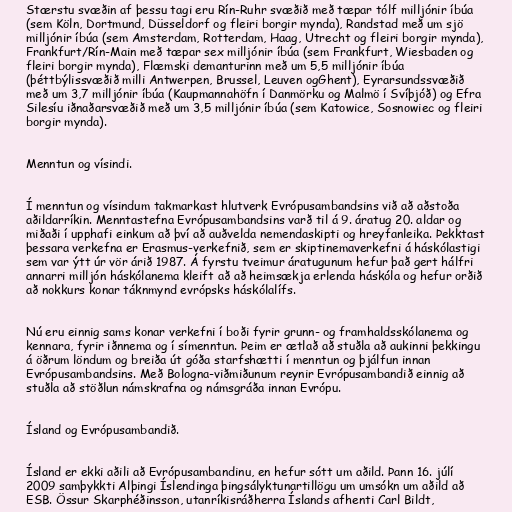
Stærstu svæðin af þessu tagi eru Rín-Ruhr svæðið með tæpar tólf milljónir íbúa
(sem Köln, Dortmund, Düsseldorf og fleiri borgir mynda), Randstad með um sjö
milljónir íbúa (sem Amsterdam, Rotterdam, Haag, Utrecht og fleiri borgir mynda),
Frankfurt/Rín-Main með tæpar sex milljónir íbúa (sem Frankfurt, Wiesbaden og
fleiri borgir mynda), Flæmski demanturinn með um 5,5 milljónir íbúa
(þéttbýlissvæðið milli Antwerpen, Brussel, Leuven ogGhent), Eyrarsundssvæðið
með um 3,7 milljónir íbúa (Kaupmannahöfn í Danmörku og Malmö í Svíþjóð) og Efra
Silesíu iðnaðarsvæðið með um 3,5 milljónir íbúa (sem Katowice, Sosnowiec og fleiri
borgir mynda).

Menntun og vísindi.

Í menntun og vísindum takmarkast hlutverk Evrópusambandsins við að aðstoða
aðildarríkin. Menntastefna Evrópusambandsins varð til á 9. áratug 20. aldar og
miðaði í upphafi einkum að því að auðvelda nemendaskipti og hreyfanleika. Þekktast
þessara verkefna er Erasmus-verkefnið, sem er skiptinemaverkefni á háskólastigi
sem var ýtt úr vör árið 1987. Á fyrstu tveimur áratugunum hefur það gert hálfri
annarri milljón háskólanema kleift að að heimsækja erlenda háskóla og hefur orðið
að nokkurs konar táknmynd evrópsks háskólalífs.

Nú eru einnig sams konar verkefni í boði fyrir grunn- og framhaldsskólanema og
kennara, fyrir iðnnema og í símenntun. Þeim er ætlað að stuðla að aukinni þekkingu
á öðrum löndum og breiða út góða starfshætti í menntun og þjálfun innan
Evrópusambandsins. Með Bologna-viðmiðunum reynir Evrópusambandið einnig að
stuðla að stöðlun námskrafna og námsgráða innan Evrópu.

Ísland og Evrópusambandið.

Ísland er ekki aðili að Evrópusambandinu, en hefur sótt um aðild. Þann 16. júlí
2009 samþykkti Alþingi Íslendinga þingsályktunartillögu um umsókn um aðild að
ESB. Össur Skarphéðinsson, utanríkisráðherra Íslands afhenti Carl Bildt,